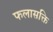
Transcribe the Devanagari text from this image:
फलासक्ति